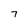
Character: 7